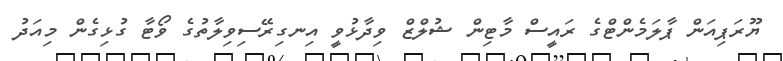
ޔޫރަޕިއަން ޕާލަމެންޓްގެ ރައީސް މާޓިން ޝުލްޒް ވިދާޅުވީ އިނގިރޭސިވިލާތުގެ ވޯޓާ ގުޅިގެން މިއަދު